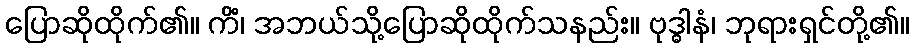
ပြောဆိုထိုက်၏။ ကိံ၊ အဘယ်သို့ပြောဆိုထိုက်သနည်း။ ဗုဒ္ဓါနံ၊ ဘုရားရှင်တို့၏။